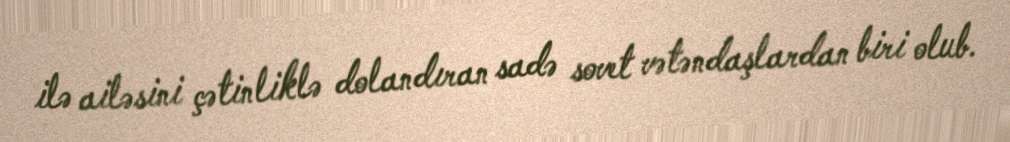
ilə ailəsini çətinliklə dolandıran sadə sovet vətəndaşlardan biri olub.